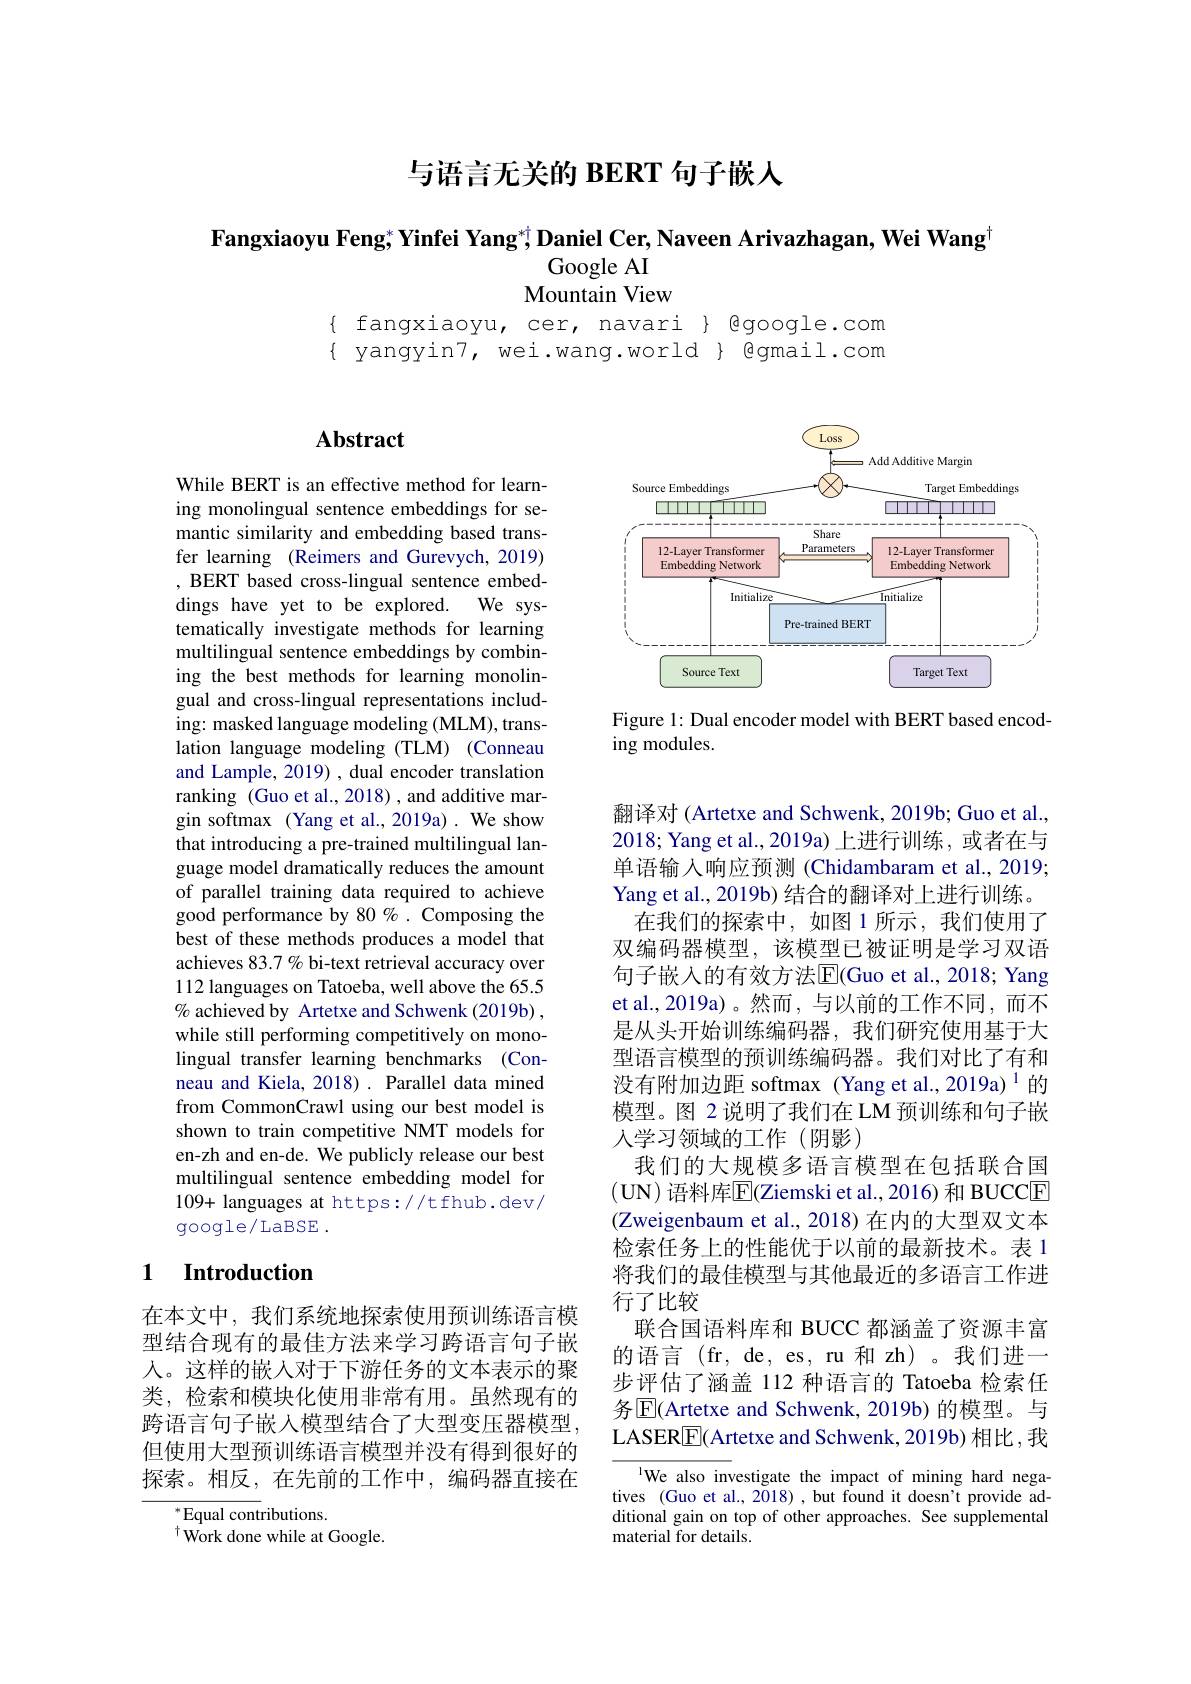
与语言无关的 BERT 句子嵌人

Fangxiaoyu Feng; Yinfei Yang$^*^\dagger\textbf{Daniel Cer,Naveen Arivazhagan, Wei Wang}^\dagger$
Google AI
Mountain View

$\begin{array}{ll}{\mathrm{fangxiaoyu,cer,navari~}}\\{\mathrm{yangyin7,wei.wang.world~}}\end{array}$

## $\mathbf{Abstract}$

<FigureHere>

Figure 1: Dual encoder model with BERT based encod-
ing modules.

While BERT is an effective method for learning monolingual sentence embeddings for semantic similarity and embedding based transfer learning (Reimers and Gurevych, 2019) , BERT based cross-lingual sentence embeddings have yet to be explored. We systematically investigate methods for learning multilingual sentence embeddings by combining the best methods for learning monolingual and cross-lingual representations including: masked language modeling (MLM), translation language modeling (TLM) (Conneau and Lample, 2019) , dual encoder translation ranking (Guo et al., 2018) , and additive margin softmax (Yang et al., 2019a) . We show that introducing a pre-trained multilingual language model dramatically reduces the amount of parallel training data required to achieve good performance by 80 %. Composing the best of these methods produces a model that achieves 83.7 % bi-text retrieval accuracy over 112 languages on Tatoeba, well above the 65.5 % achieved by Artetxe and Schwenk (2019b) , while still performing competitively on monolingual transfer learning benchmarks (Conneau and Kiela, 2018). Parallel data mined from CommonCrawl using our best model is shown to train competitive NMT models for en-zh and en-de. We publicly release our best multilingual sentence embedding model for 109+ languages at https://tfhub.dev/ google/LaBSE .

翻译对 (Artetxe and Schwenk, 2019b; Guo et al., 2018; Yang et al., 2019a) 上进行训练，或者在与单语输入响应预测 (Chidambaram et al., 2019; Yang et al., 2019b) 结合的翻译对上进行训练。
在我们的探索中，如图 1 所示，我们使用了双编码器模型，该模型已被证明是学习双语句子嵌入的有效方法$\overline{\mathrm{E}}($Guo et al., 2018; Yang et al., 2019a)。然而，与以前的工作不同，而不是从头开始训练编码器，我们研究使用基于大型语言模型的预训练编码器。我们对比了有和没有附加边距 softmax (Yang et al.,2019a)$^{1}$的模型。图 2 说明了我们在 LM 预训练和句子嵌人学习领域的工作(阴影)
我们的大规模多语言模型在包括联合国(UN) 语料库$\overline{\mathbb{E}}($Ziemski et al., 2016) 和 BUCCE (Zweigenbaum et al., 2018) 在内的大型双文本检索任务上的性能优于以前的最新技术。表 1将我们的最佳模型与其他最近的多语言工作进行了比较
联合国语料库和 BUCC 都涵盖了资源丰富的语言(fr,de,es,ru和zh)。我们进一步评估了涵盖 112 种语言的 Tatoeba 检索任务$\boxed{\mathrm{E}}($Artetxe and Schwenk, 2019b) 的模型。与LASER$\boxed{\mathrm{F}}$(Artetxe and Schwenk, 2019b) 相比，我

## 1 Introduction

在本文中，我们系统地探索使用预训练语言模型结合现有的最佳方法来学习跨语言句子嵌人。这样的嵌入对于下游任务的文本表示的聚类，检索和模块化使用非常有用。虽然现有的跨语言句子嵌人模型结合了大型变压器模型但使用大型预训练语言模型并没有得到很好的探索。相反，在先前的工作中，编码器直接在

lWe also investigate the impact of mining hard negatives (Guo et al., 2018), but found it doesn't provide additional gain on top of other approaches. See supplemental material for details.

${^*\text{Equal cont}}$ributions.
$^{\dagger}{\tilde{\mathrm{Work~done~while~at~Google.}}}$